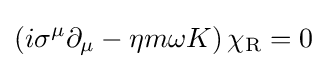
\left(i\sigma ^{\mu }\partial _{\mu }-\eta m\omega K\right)\chi _{\rm {R}}=0